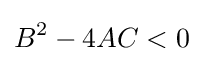
B^{2}-4AC<0